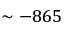
\sim - 8 6 5